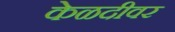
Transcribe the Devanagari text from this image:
केळदीवर